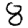
Digit: 8